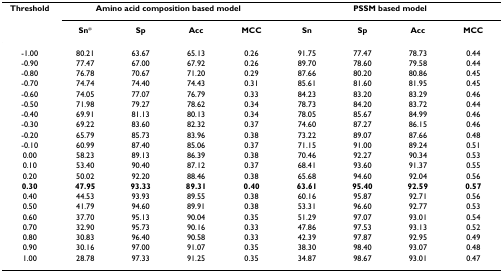
<table><thead><tr><td><b>Threshold</b></td><td colspan="4"><b>Amino acid composition based model</b></td><td colspan="4"><b>PSSM based model</b></td></tr><tr><td></td><td><b>Sn*</b></td><td><b>Sp</b></td><td><b>Acc</b></td><td><b>MCC</b></td><td><b>Sn</b></td><td><b>Sp</b></td><td><b>Acc</b></td><td><b>MCC</b></td></tr></thead><tbody><tr><td>-1.00</td><td>80.21</td><td>63.67</td><td>65.13</td><td>0.26</td><td>91.75</td><td>77.47</td><td>78.73</td><td>0.44</td></tr><tr><td>-0.90</td><td>77.47</td><td>67.00</td><td>67.92</td><td>0.26</td><td>89.70</td><td>78.60</td><td>79.58</td><td>0.44</td></tr><tr><td>-0.80</td><td>76.78</td><td>70.67</td><td>71.20</td><td>0.29</td><td>87.66</td><td>80.20</td><td>80.86</td><td>0.45</td></tr><tr><td>-0.70</td><td>74.74</td><td>74.40</td><td>74.43</td><td>0.31</td><td>85.61</td><td>81.60</td><td>81.95</td><td>0.45</td></tr><tr><td>-0.60</td><td>74.05</td><td>77.07</td><td>76.79</td><td>0.33</td><td>84.23</td><td>83.20</td><td>83.29</td><td>0.46</td></tr><tr><td>-0.50</td><td>71.98</td><td>79.27</td><td>78.62</td><td>0.34</td><td>78.73</td><td>84.20</td><td>83.72</td><td>0.44</td></tr><tr><td>-0.40</td><td>69.91</td><td>81.13</td><td>80.13</td><td>0.34</td><td>78.05</td><td>85.67</td><td>84.99</td><td>0.46</td></tr><tr><td>-0.30</td><td>69.22</td><td>83.60</td><td>82.32</td><td>0.37</td><td>74.60</td><td>87.27</td><td>86.15</td><td>0.46</td></tr><tr><td>-0.20</td><td>65.79</td><td>85.73</td><td>83.96</td><td>0.38</td><td>73.22</td><td>89.07</td><td>87.66</td><td>0.48</td></tr><tr><td>-0.10</td><td>60.99</td><td>87.40</td><td>85.06</td><td>0.37</td><td>71.15</td><td>91.00</td><td>89.24</td><td>0.51</td></tr><tr><td>0.00</td><td>58.23</td><td>89.13</td><td>86.39</td><td>0.38</td><td>70.46</td><td>92.27</td><td>90.34</td><td>0.53</td></tr><tr><td>0.10</td><td>53.40</td><td>90.40</td><td>87.12</td><td>0.37</td><td>68.41</td><td>93.60</td><td>91.37</td><td>0.55</td></tr><tr><td>0.20</td><td>50.02</td><td>92.20</td><td>88.46</td><td>0.38</td><td>65.68</td><td>94.60</td><td>92.04</td><td>0.56</td></tr><tr><td><b>0.30</b></td><td><b>47.95</b></td><td><b>93.33</b></td><td><b>89.31</b></td><td><b>0.40</b></td><td><b>63.61</b></td><td><b>95.40</b></td><td><b>92.59</b></td><td><b>0.57</b></td></tr><tr><td>0.40</td><td>44.53</td><td>93.93</td><td>89.55</td><td>0.38</td><td>60.16</td><td>95.87</td><td>92.71</td><td>0.56</td></tr><tr><td>0.50</td><td>41.79</td><td>94.60</td><td>89.91</td><td>0.38</td><td>53.31</td><td>96.60</td><td>92.77</td><td>0.53</td></tr><tr><td>0.60</td><td>37.70</td><td>95.13</td><td>90.04</td><td>0.35</td><td>51.29</td><td>97.07</td><td>93.01</td><td>0.54</td></tr><tr><td>0.70</td><td>32.90</td><td>95.73</td><td>90.16</td><td>0.33</td><td>47.86</td><td>97.53</td><td>93.13</td><td>0.52</td></tr><tr><td>0.80</td><td>30.83</td><td>96.40</td><td>90.58</td><td>0.33</td><td>42.39</td><td>97.87</td><td>92.95</td><td>0.49</td></tr><tr><td>0.90</td><td>30.16</td><td>97.00</td><td>91.07</td><td>0.35</td><td>38.30</td><td>98.40</td><td>93.07</td><td>0.48</td></tr><tr><td>1.00</td><td>28.78</td><td>97.33</td><td>91.25</td><td>0.35</td><td>34.87</td><td>98.67</td><td>93.01</td><td>0.47</td></tr></tbody></table>